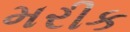
મરીક